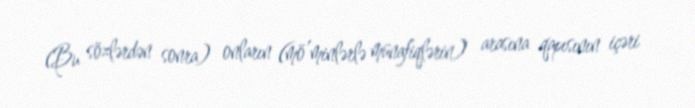
(Bu sözlərdən sonra) onların (mö’minlərlə münafiqlərin) arasına qapısının içəri